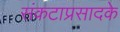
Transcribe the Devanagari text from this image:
संकटाप्रसादके